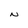
Character: N